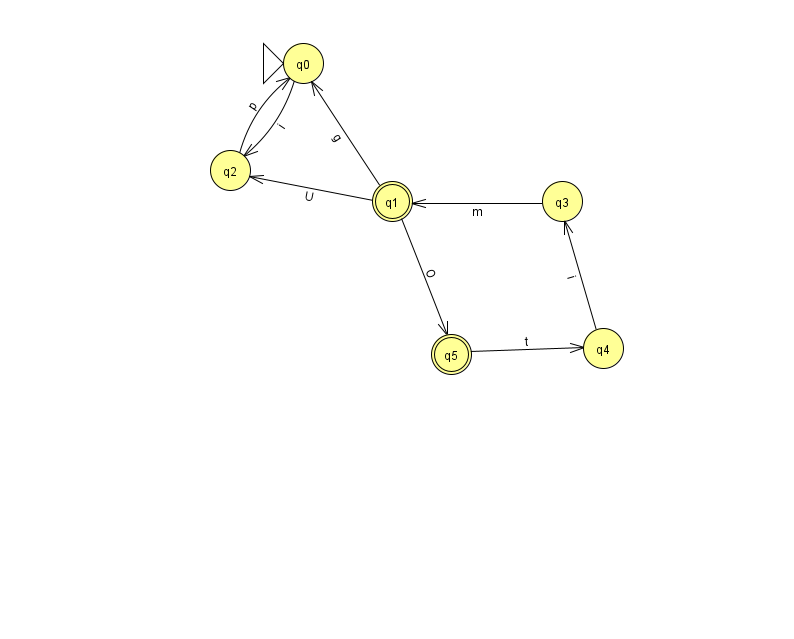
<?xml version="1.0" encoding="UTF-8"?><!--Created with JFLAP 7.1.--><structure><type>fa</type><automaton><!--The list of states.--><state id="0" name="q0"><x>303.0</x><y>50.0</y><initial/></state><state id="1" name="q1"><x>392.0</x><y>188.0</y><final/></state><state id="2" name="q2"><x>230.0</x><y>157.0</y></state><state id="3" name="q3"><x>562.0</x><y>188.0</y></state><state id="4" name="q4"><x>603.0</x><y>335.0</y></state><state id="5" name="q5"><x>451.0</x><y>341.0</y><final/></state><!--The list of transitions.--><transition><from>1</from><to>5</to><read>O</read></transition><transition><from>0</from><to>2</to><read>i</read></transition><transition><from>1</from><to>0</to><read>g</read></transition><transition><from>3</from><to>1</to><read>m</read></transition><transition><from>2</from><to>0</to><read>p</read></transition><transition><from>5</from><to>4</to><read>t</read></transition><transition><from>4</from><to>3</to><read>i</read></transition><transition><from>1</from><to>2</to><read>U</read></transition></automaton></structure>